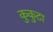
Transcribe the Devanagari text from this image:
कुकुटा